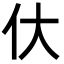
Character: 㐲